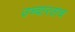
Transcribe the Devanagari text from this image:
उच्चारताच